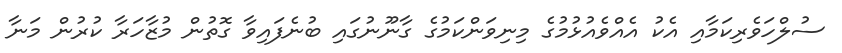
ސުލްހަވެރިކަމާއި އެކު އެއްވެއުޅުމުގެ މިނިވަންކަމުގެ ގާނޫނުގައި ބުނެފައިވާ ގޮތުން މުޒާހަރާ ކުރުން މަނާ